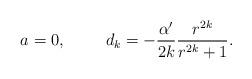
LaTeX: \begin{align*}a=0, \hspace{1cm} d_k=-\frac{\alpha'}{2k}\frac{r^{2k}}{r^{2k}+1}.\end{align*}